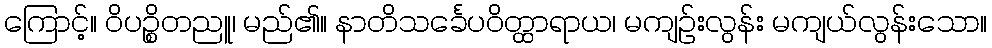
ကြောင့်။ ဝိပဉ္စိတညူ၊ မည်၏။ နာတိသင်္ခေပဝိတ္ထာရာယ၊ မကျဉ်းလွန်း မကျယ်လွန်းသော။